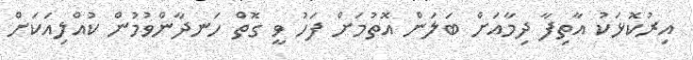
އިރުކޮޅަކު އާތިފާ ދިމާއަށް ބަލަން އޮތުމަށް ފަހު ވީ ގޮތް ހަނދާންވުމުން ކުއްލިއަކަށް